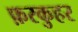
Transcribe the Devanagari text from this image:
फ़रकुहर